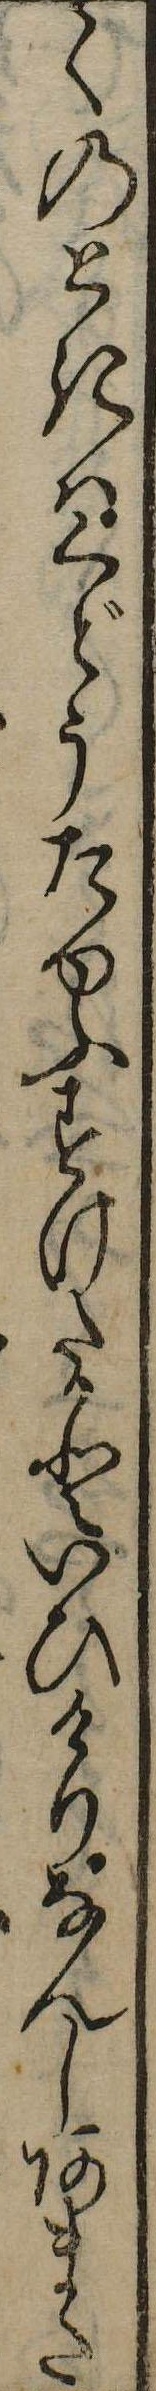
くのときはくどうたゆふすけたかといひけりなんしあまた